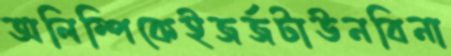
অলিম্পিকেইজর্জটাউনবিনা